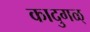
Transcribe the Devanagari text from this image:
कादुगळ्